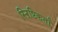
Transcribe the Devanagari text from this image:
स्ऱिष्टिकर्ता